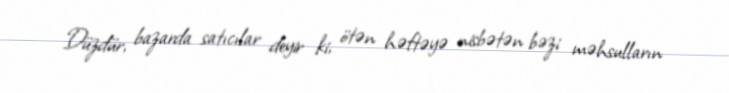
Düzdür, bazarda satıcılar deyir ki, ötən həftəyə nisbətən bəzi məhsulların